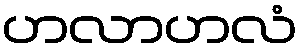
ဟလာဟလံ